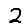
Digit: 2